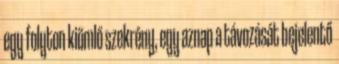
egy folyton kiömlő szekrény, egy aznap a távozását bejelentő